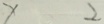
x 2